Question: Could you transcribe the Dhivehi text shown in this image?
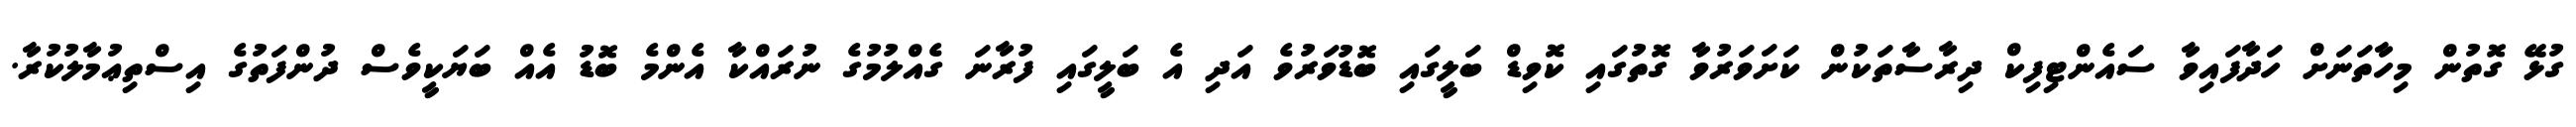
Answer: ގުޅޭ ގޮތުން މިހާތަނަށް ހަދާފައިވާ ސައެންޓިފިކް ދިރާސާތަކުން ކަށަވަރުވާ ގޮތުގައި ކޮވިޑް ބަލީގައި ބޮޑުވަރުވެ އަދި އެ ބަލީގައި ފުރާނަ ގެއްލުމުގެ ނުރައްކާ އެންމެ ބޮޑު އެއް ބަޔަކީވެސް ދުންފަތުގެ އިސްތިޢުމާލުކުރާ.